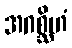
အဂစ္ဆိဟံ